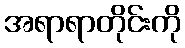
အရာရာတိုင်းကို